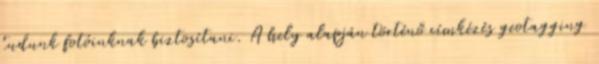
tudunk fotóinknak biztosítani. A hely alapján történő címkézés geotagging